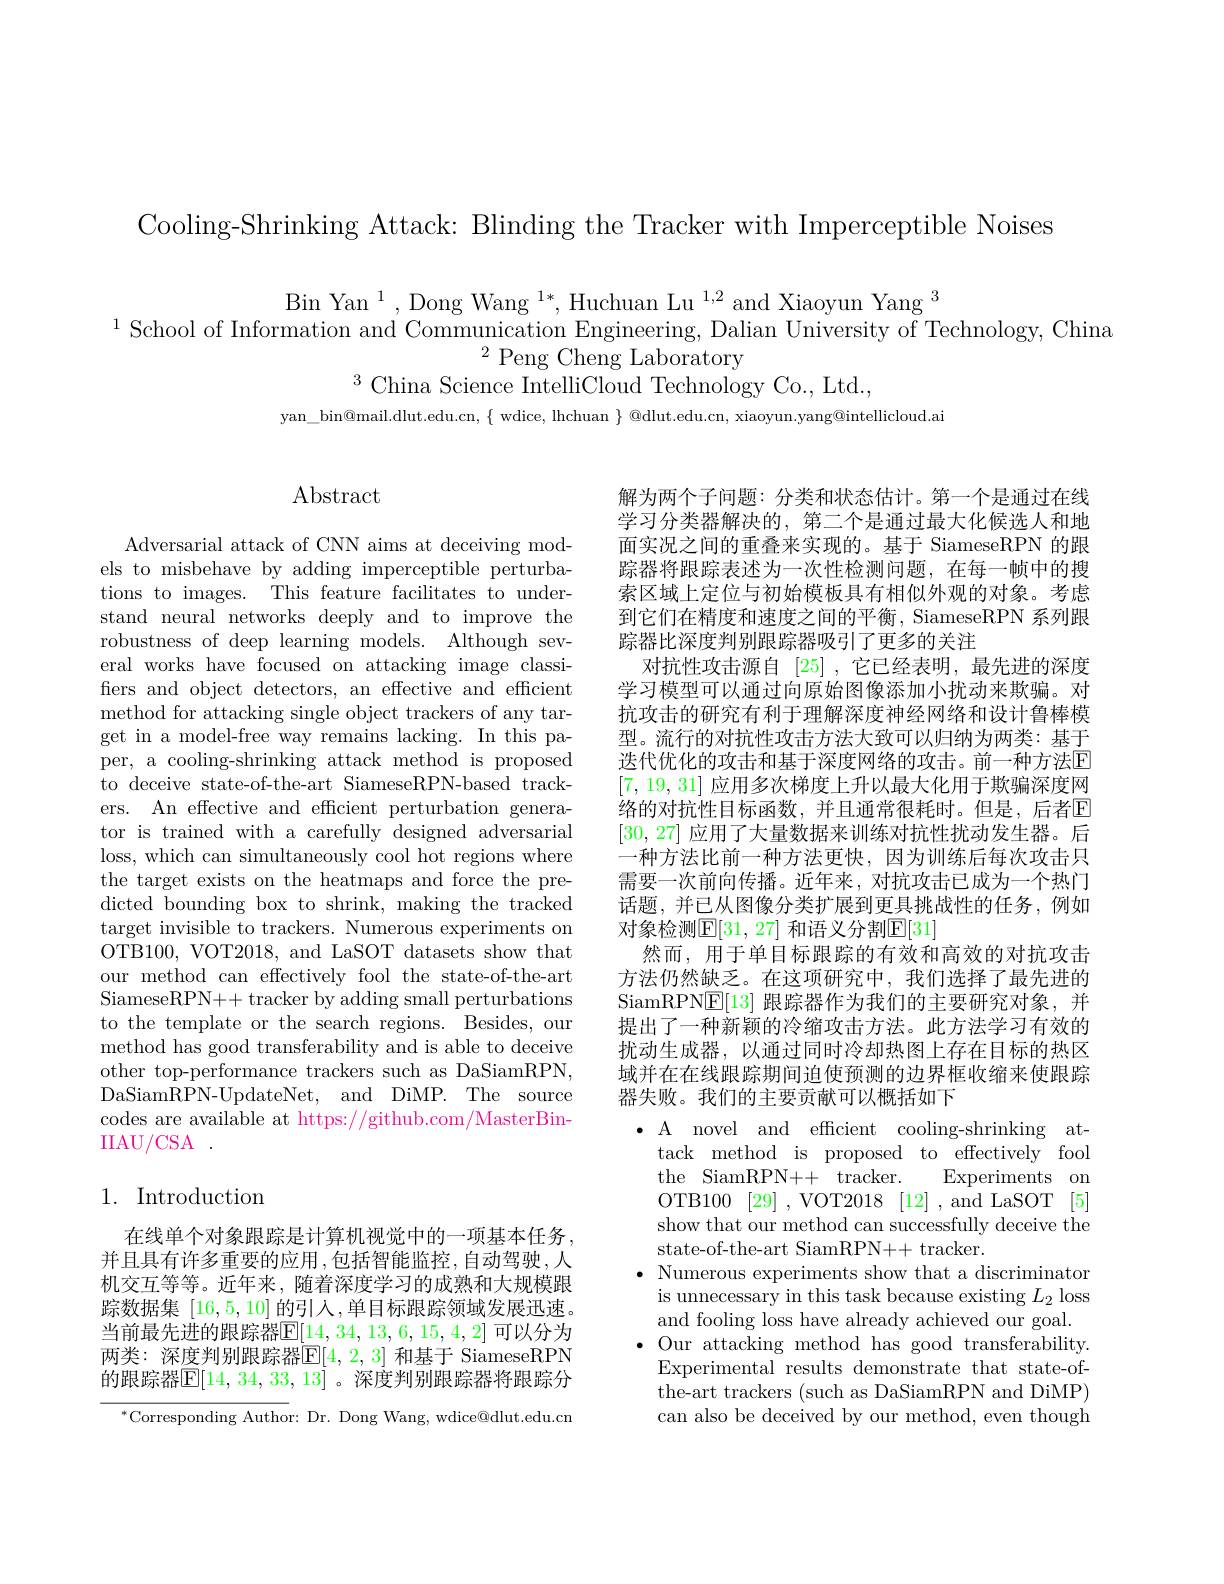
Cooling-Shrinking Attack: Blinding the Tracker with Imperceptible Noises

Bin Yan $^1$,Dong Wang $^1*,\text{Huchuan Lu}^{1,2}$and Xiaoyun Yang$^3$
$^{1}$School of Information and Communication Engineering, Dalian University of Technology, China
$^{2}$ Peng Cheng Laboratory
$^{3}$China Science IntelliCloud Technology Co., Ltd.,

$yan\_bin@mail.dlut.edu.cn,\{~wdice,~lhchuan~\}~@dlut.edu.cn,~xiaoyun.yang@intellicloud.ai$

## Abstract

Adversarial attack of CNN aims at deceiving models to misbehave by adding imperceptible perturbations to images. This feature facilitates to understand neural networks deeply and to improve the robustness of deep learning models. Although several works have focused on attacking image classifers and object detectors, an effective and efficient method for attacking single object trackers of any target in a model-free way remains lacking. In this paper, a cooling-shrinking attack method is proposed to deceive state-of-the-art SiameseRPN-based trackers. An effective and efficient perturbation generator is trained with a carefully designed adversarial loss, which can simultaneously cool hot regions where the target exists on the heatmaps and force the predicted bounding box to shrink, making the tracked target invisible to trackers. Numerous experiments on OTB100, VOT2018, and LaSOT datasets show that our method can effectively fool the state-of-the-art SiameseRPN++ tracker by adding small perturbations to the template or the search regions. Besides, our method has good transferability and is able to deceive other top-performance trackers such as DaSiamRPN, DaSiamRPN-UpdateNet, and DiMP. The source codes are available at https://github.com/MasterBinIIAU/ CSA

## 1. Introduction

在线单个对象跟踪是计算机视觉中的一项基本任务， 并且具有许多重要的应用，包括智能监控，自动驾驶，人机交互等等。近年来，随着深度学习的成熟和大规模跟踪数据集|16,5,10|的引入，单目标跟踪领域发展迅速。当前最先进的跟踪器$\mathbb{E}[14,34,13,6,15,4,2]$ 可以分为两类：深度判别跟踪器$\mathbb{E}[4,2,3]$ 和基于 SiameseRPN 的跟踪器$\boxed{\mathrm{E}}[14,34,33,13]$ 。深度判别跟踪器将跟踪分

$^*$Corresponding Author: Dr. Dong Wang, wdice@dlut.edu.cn

解为两个子问题：分类和状态估计。第一个是通过在线学习分类器解决的，第二个是通过最大化候选人和地面实况之间的重叠来实现的。基于 SiameseRPN 的跟踪器将跟踪表述为一次性检测问题，在每一帧中的搜索区域上定位与初始模板具有相似外观的对象。考虑到它们在精度和速度之间的平衡，SiameseRPN 系列跟踪器比深度判别跟踪器吸引了更多的关注
对抗性攻击源自[25] ,它已经表明，最先进的深度学习模型可以通过向原始图像添加小扰动来欺骗。对抗攻击的研究有利于理解深度神经网络和设计鲁棒模型。流行的对抗性攻击方法大致可以归纳为两类：基于迭代优化的攻击和基于深度网络的攻击。前一种方法E [7,19,31]应用多次梯度上升以最大化用于欺骗深度网络的对抗性目标函数，并且通常很耗时。但是，后者$\mathbb{E}$ [30,27]应用了大量数据来训练对抗性扰动发生器。后一种方法比前一种方法更快，因为训练后每次攻击只需要一次前向传播。近年来，对抗攻击已成为一个热门话题，并已从图像分类扩展到更具挑战性的任务，例如对象检测$\mathbb{E}[31,27]$ 和语义分割$\mathbb{E}[31]$
然而，用于单目标跟踪的有效和高效的对抗攻击方法仍然缺乏。在这项研究中，我们选择了最先进的SiamRPN$\underline{\mathrm{E}}[13]$跟踪器作为我们的主要研究对象，并提出了一种新颖的冷缩攻击方法。此方法学习有效的扰动生成器，以通过同时冷却热图上存在目标的热区域并在在线跟踪期间迫使预测的边界框收缩来使跟踪器失败。我们的主要贡献可以概括如下
$\bullet$ A novel and efficient cooling-shrinking at-
tack method is proposed to effectively fool the SiamRPN++ tracker. Experiments on OTB100 [29] ,VOT2018 [12] ,and LaSOT [5] show that our method can successfully deceive the state-of-the-art SiamRPN++ tracker.
$\bullet$ Numerous experiments show that a discriminator
is unnecessary in this task because existing $L_2$ loss and fooling loss have already achieved our goal.
$\bullet$ Our attacking method has good transferability.
Experimental results demonstrate that state-ofthe-art trackers (such as DaSiamRPN and DiMP) can also be deceived by our method, even though